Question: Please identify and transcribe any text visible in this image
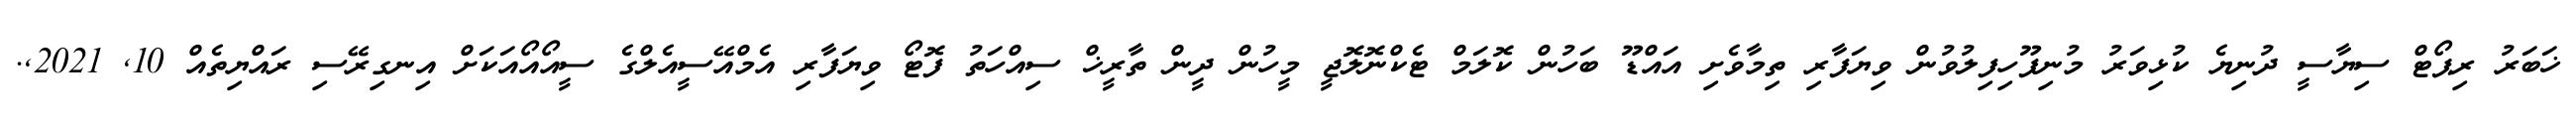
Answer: ޚަބަރު ރިޕޯޓް ސިޔާސީ ދުނިޔެ ކުޅިވަރު މުނިފޫހިފިލުވުން ވިޔަފާރި ތިމާވެށި އައްޑޫ ބަހުން ކޮލަމް ޓެކްނޮލޮޖީ މީހުން ދީން ތާރީޚް ސިއްހަތު ފޮޓޯ ވިޔަފާރި އެމްއޭސީއެލްގެ ސީއޯއޯއަކަށް އިނގިރޭސި ރައްޔިތެއް 10, 2021,.